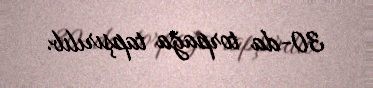
30-da torpağa tapşırılıb.